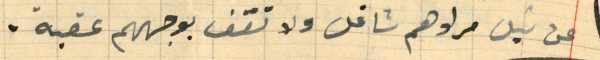
عن نيل مرادهم شاغل ولا تقف بوجههم عقبة.